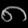
Digit: ၈